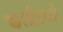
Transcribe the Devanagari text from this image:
कार्सटेयर्स